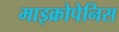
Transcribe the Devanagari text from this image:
माइक्रोपेनिस